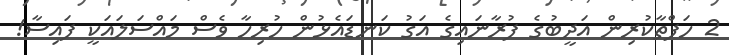
2 ހަފްތާކުރިން އަދީީބުގެ ފުރާނައިގެ އަގު ކަނޑައެޅުން ހުރިހާ ވެސް މައްސަލައަކީ ފައިސާ!